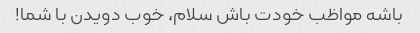
باشه مواظب خودت باش سلام، خوب دویدن با شما!